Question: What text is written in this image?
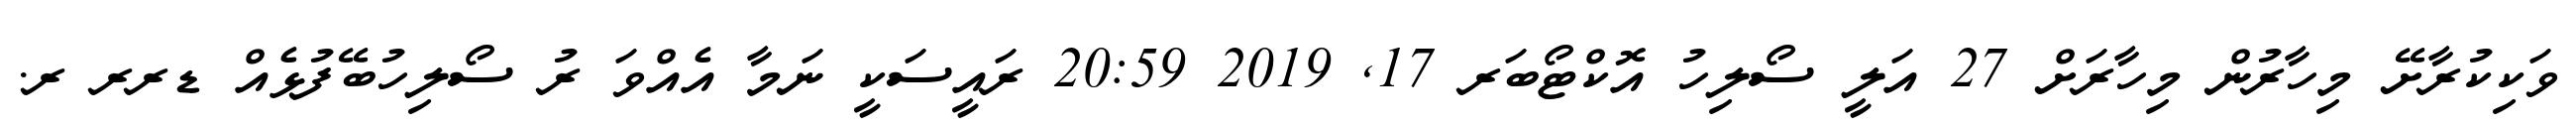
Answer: ވަކިކުރާށޭ މިހާރުން މިހާރަށް 27 އަލީ ސޯލިހު އޮކްޓޯބަރ 17, 2019 20:59 ރައީސަކީ ނަމާ އެއްވަ ރު ސޯލިހުބޭފުޅެއް ޑރރ ރ.